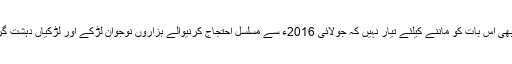
کوئی بھی اس بات کو ماننے کیلئے تیار نہیں کہ جولائی 2016ء سے مسلسل احتجاج کرنیوالے ہزاروں نوجوان لڑکے اور لڑکیاں دہشت گرد ہیں۔